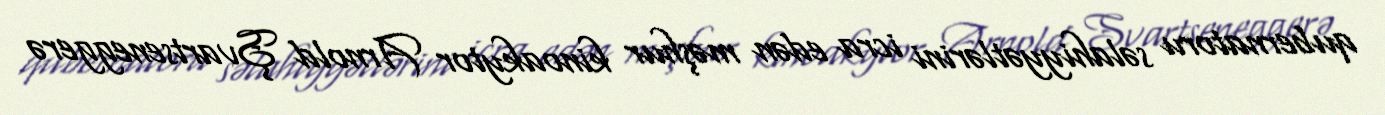
qubernatoru səlahiyyətlərini icra edən məşhur kinoakytor Arnold Şvartseneggerə